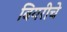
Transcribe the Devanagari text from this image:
बियरीचे